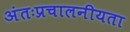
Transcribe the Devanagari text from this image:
अंतःप्रचालनीयता